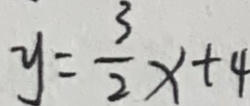
y = \frac { 3 } { 2 } x + 4